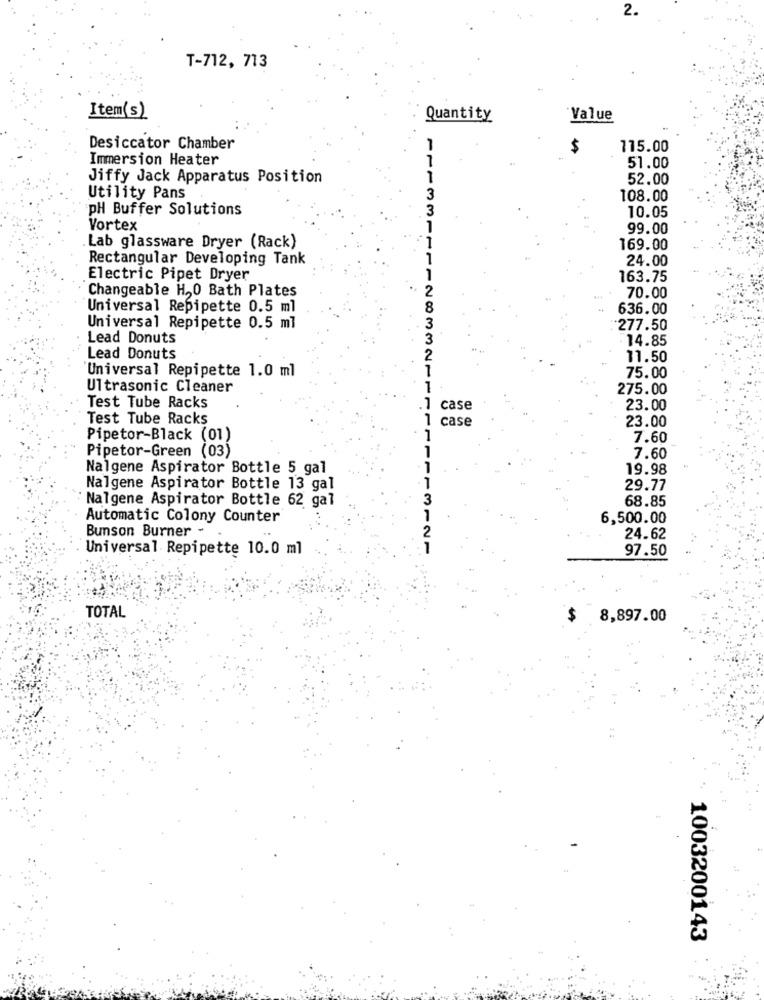
2.
T-712, 713
Item(s)
Quantity
"Value
Desiccator Chamber
$
115.00
Immersion Heater
51.00
Jiffy Jack Apparatus Position
52.00
- 6
Utility Pans
108.00
pH Buffer Solutions
10.05
Vortex
99.00
Lab glassware Dryer (Rack)
311
169.00
Rectangular Developing Tank
24.00
Electric Pipet Dryer
163.75
Changeable H, 0 Bath Plates
2
70.00
Universal Repipette 0.5 ml
8
112
636.00
Universal Repipette 0.5 ml
3
-277.50
Lead Donuts
3
14.85
Lead Donuts
11.50
3321
75.00
Universal Repipette 1.0 ml
Ultrasonic Cleaner
1
275.00
Test Tube Racks
1 case
23.00
Test Tube Racks
1 case
23.00
Pipetor-Black (01)
7.60
Pipetor-Green (03)
7.60
Nalgene Aspirator Bottle 5 gal
19.98
Nalgene Aspirator Bottle 13 gal
29.77
Nalgene Aspirator Bottle 62 gal
68.85
Automatic Colony Counter
6,500.00
Bunson Burner -
24.62
Universal Repipette 10.0 ml
3121
97.50
TOTAL
8,897.00
1003200143